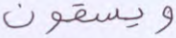
ويسقون